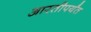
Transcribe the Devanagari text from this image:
आरतीपर्यंत